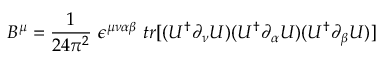
B ^ { \mu } = \frac { 1 } { 2 4 \pi ^ { 2 } } ~ \epsilon ^ { \mu \nu \alpha \beta } ~ t r [ ( U ^ { \dag } \partial _ { \nu } U ) ( U ^ { \dag } \partial _ { \alpha } U ) ( U ^ { \dag } \partial _ { \beta } U ) ]